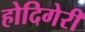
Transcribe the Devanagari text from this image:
होदिगेरी